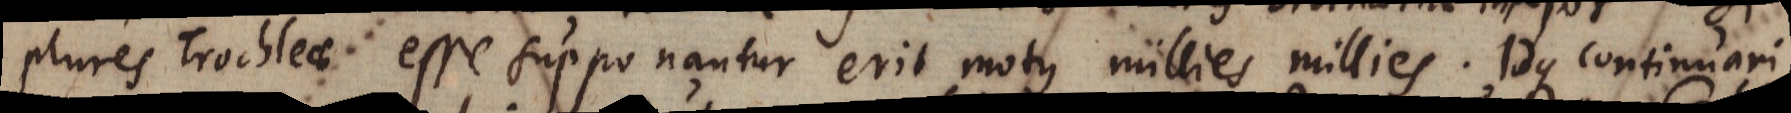
plures Trochleae esse supponantur erit motus millies millies. Idque continuar